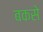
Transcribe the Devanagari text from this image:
बकसे